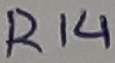
Text: R14